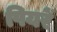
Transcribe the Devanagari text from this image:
पियरें